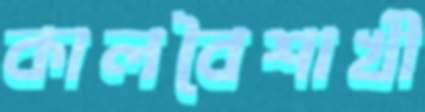
কালবৈশাখী